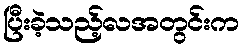
ပြီးခဲ့သည့်လအတွင်းက